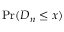
\Pr ( D _ { n } \leq x )